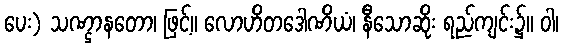
ပေး) သဏ္ဌာနတော၊ ဖြင့်။ လောဟိတဒေါဏိယံ၊ နီသောဆိုး ရည်ကျင်း၌။ ဝါ၊